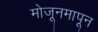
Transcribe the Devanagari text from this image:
मोजूनमापून